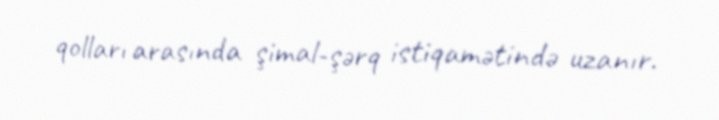
qolları arasında şimal-şərq istiqamətində uzanır.